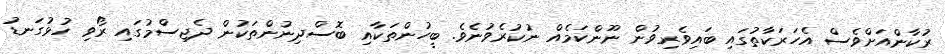
ރުކާންއަށްވެސް އެހަރަކާތުގައި ބައިވެރިވުން ނޫންކަމެއް ނުކުރެވުނެވެ. ބީހުންތަކާއި ބޮސްދިނުންތަކުން ދެޖިސްމުގައި ރޯވި ހުޅުގަނޑު